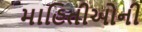
માહિતીઓની